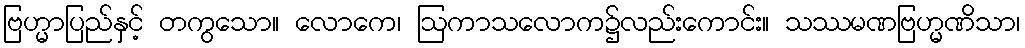
ဗြဟ္မာပြည်နှင့် တကွသော။ လောကေ၊ ဩကာသလောက၌လည်းကောင်း။ သဿမဏဗြဟ္မဏိသာ၊